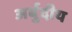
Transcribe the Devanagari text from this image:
अर्बुदीय